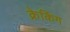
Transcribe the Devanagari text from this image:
क्रेकिंग